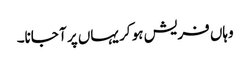
وہاں فریش ہو کر یہاں پر آ جانا۔